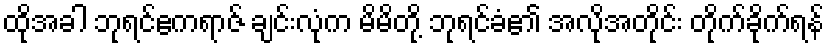
ထိုအခါ ဘုရင်ဧကရာဇ် ချင်းလုံက မိမိတို့ ဘုရင်ခံ၏ အလိုအတိုင်း တိုက်ခိုက်ရန်